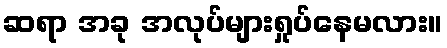
ဆရာ အခု အလုပ်များရှုပ်နေမလား။